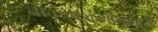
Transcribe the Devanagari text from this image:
नीचश्रेष्ठकर्मानुसारी